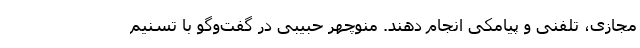
مجازی، تلفنی و پیامکی انجام دهند. منوچهر حبیبی در گفت‌وگو با تسنیم